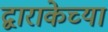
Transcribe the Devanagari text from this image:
द्वाराकेच्या